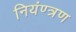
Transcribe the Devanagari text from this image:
नियंण्त्रण